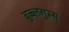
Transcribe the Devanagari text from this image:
बुब्ब्लगुम्स्